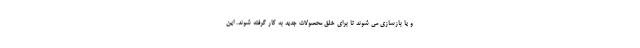
و یا بازسازی می شوند تا برای خلق محصولات جدید به کار گرفته شوند. این